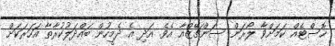
ހޮސްޓެއް ކަމަށްވާ ލޯރަން ސަންޗޭޒްއާ އެވެ. އަދި އެ ދެމީހުން ބައްދަލުކުރާތާ އަހަރަކަށް